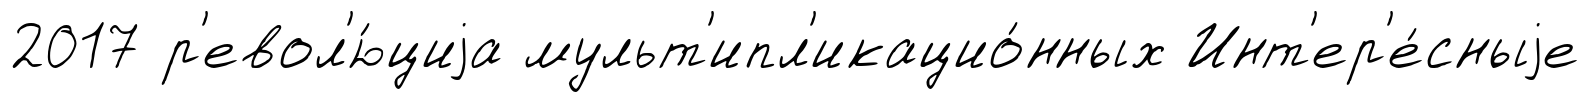
2017 р'евол'ю́циjа мульт'ипл'икацио́нных Инт'ер'е́сныjе